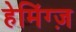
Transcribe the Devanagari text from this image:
हेमिंग्ज़